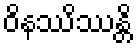
ဝိနဿိဿန္တိ